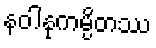
နဝါနုကမ္ပိတဿ